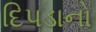
દિપડાનો